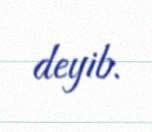
deyib.